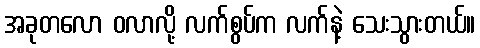
အခုတလော ဝလာလို့ လက်စွပ်က လက်နဲ့ သေးသွားတယ်။